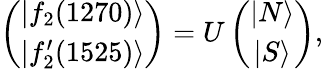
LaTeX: \left(\begin{array}{c}{{|f_{2}(1270)\rangle}}\\ {{|f_{2}^{\prime}(1525)\rangle}}\end{array}\right)=U\left(\begin{array}{c}{{|N\rangle}}\\ {{|S\rangle}}\end{array}\right),